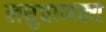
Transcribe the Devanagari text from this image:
लघुचाणक्य